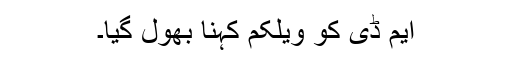
ایم ڈی کو ویلکم کہنا بھول گیا۔